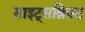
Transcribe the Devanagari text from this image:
साइट्सश्रिफ़्ट